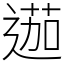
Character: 𨔽